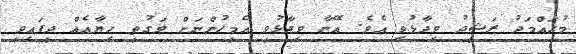
މުހައްމަދު ރަޝީދު ވިދާޅުވި އެވެ. އޭނާ ވިދާޅުވީ އެމީހުންނަށް ވަގުތީ ހިޔާއެއް ދީފައިވީ